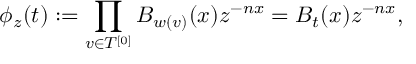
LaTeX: \phi _ { z } ( t ) : = \prod _ { v \in T ^ { [ 0 ] } } B _ { w ( v ) } ( x ) z ^ { - n x } = B _ { t } ( x ) z ^ { - n x } ,